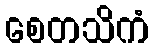
စေတသိကံ